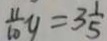
\frac { 1 1 } { 1 0 } y = 3 \frac { 1 } { 5 }